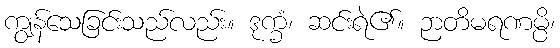
ကျွန်သေခြင်းသည်လည်း။ ဒုက္ခံ၊ ဆင်းရဲ၏။ ဉာတိမရဏမ္ပိ၊